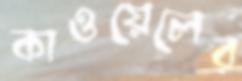
কাওয়েলের